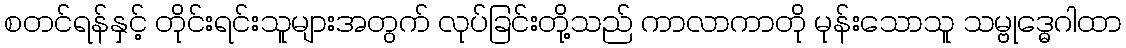
စတင်ရန်နှင့် တိုင်းရင်းသူများအတွက် လုပ်ခြင်းတို့သည် ကာလာကာတို မုန်းသောသူ သမ္ဗုဒ္ဓေဂါထာ